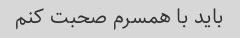
باید با همسرم صحبت کنم